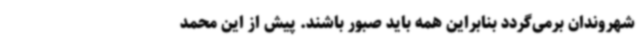
شهروندان برمی‌گردد بنابراین همه باید صبور باشند. پیش از این محمد